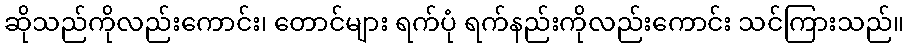
ဆိုသည်ကိုလည်းကောင်း၊ တောင်များ ရက်ပုံ ရက်နည်းကိုလည်းကောင်း သင်ကြားသည်။